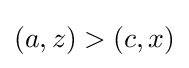
(a,z)>(c,x)